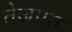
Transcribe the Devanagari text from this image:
तेजपत